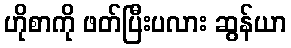
ဟိုစာကို ဖတ်ပြီးပလား ဆွန်ယာ